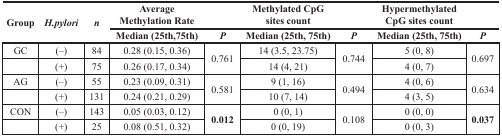
<table><thead><tr><td rowspan="2"><b>Group</b></td><td rowspan="2"><b><i>H.pylori</i></b></td><td rowspan="2"><b><i>n</i></b></td><td><b>AverageMethylation Rate</b></td><td></td><td><b>Methylated CpG sites count</b></td><td></td><td><b>Hypermethylated CpG sites count</b></td><td></td></tr><tr><td><b>Median (25th, 75th)</b></td><td><b><i>P</i></b></td><td><b>Median (25th, 75th)</b></td><td><b><i>P</i></b></td><td><b>Median (25th, 75th)</b></td><td><b><i>P</i></b></td></tr></thead><tbody><tr><td>GC</td><td>(−)</td><td>84</td><td>0.28 (0.15, 0.36)</td><td rowspan="2">0.761</td><td>14 (3.5, 23.75)</td><td rowspan="2">0.744</td><td>5 (0, 8)</td><td rowspan="2">0.697</td></tr><tr><td></td><td>(+)</td><td>75</td><td>0.26 (0.17, 0.34)</td><td>14 (4, 21)</td><td>4 (0, 7)</td></tr><tr><td>AG</td><td>(−)</td><td>55</td><td>0.23 (0.09, 0.31)</td><td rowspan="2">0.581</td><td>9 (1, 16)</td><td rowspan="2">0.494</td><td>4 (0, 6)</td><td rowspan="2">0.634</td></tr><tr><td></td><td>(+)</td><td>131</td><td>0.24 (0.21, 0.29)</td><td>10 (7, 14)</td><td>4 (3, 5)</td></tr><tr><td>CON</td><td>(−)</td><td>143</td><td>0.05 (0.03, 0.12)</td><td rowspan="2"><b>0.012</b></td><td>0 (0, 1)</td><td rowspan="2">0.108</td><td>0 (0, 0)</td><td rowspan="2">0.037</td></tr><tr><td></td><td>(+)</td><td>25</td><td>0.08 (0.51, 0.32)</td><td>0 (0, 19)</td><td>0 (0, 3)</td></tr></tbody></table>